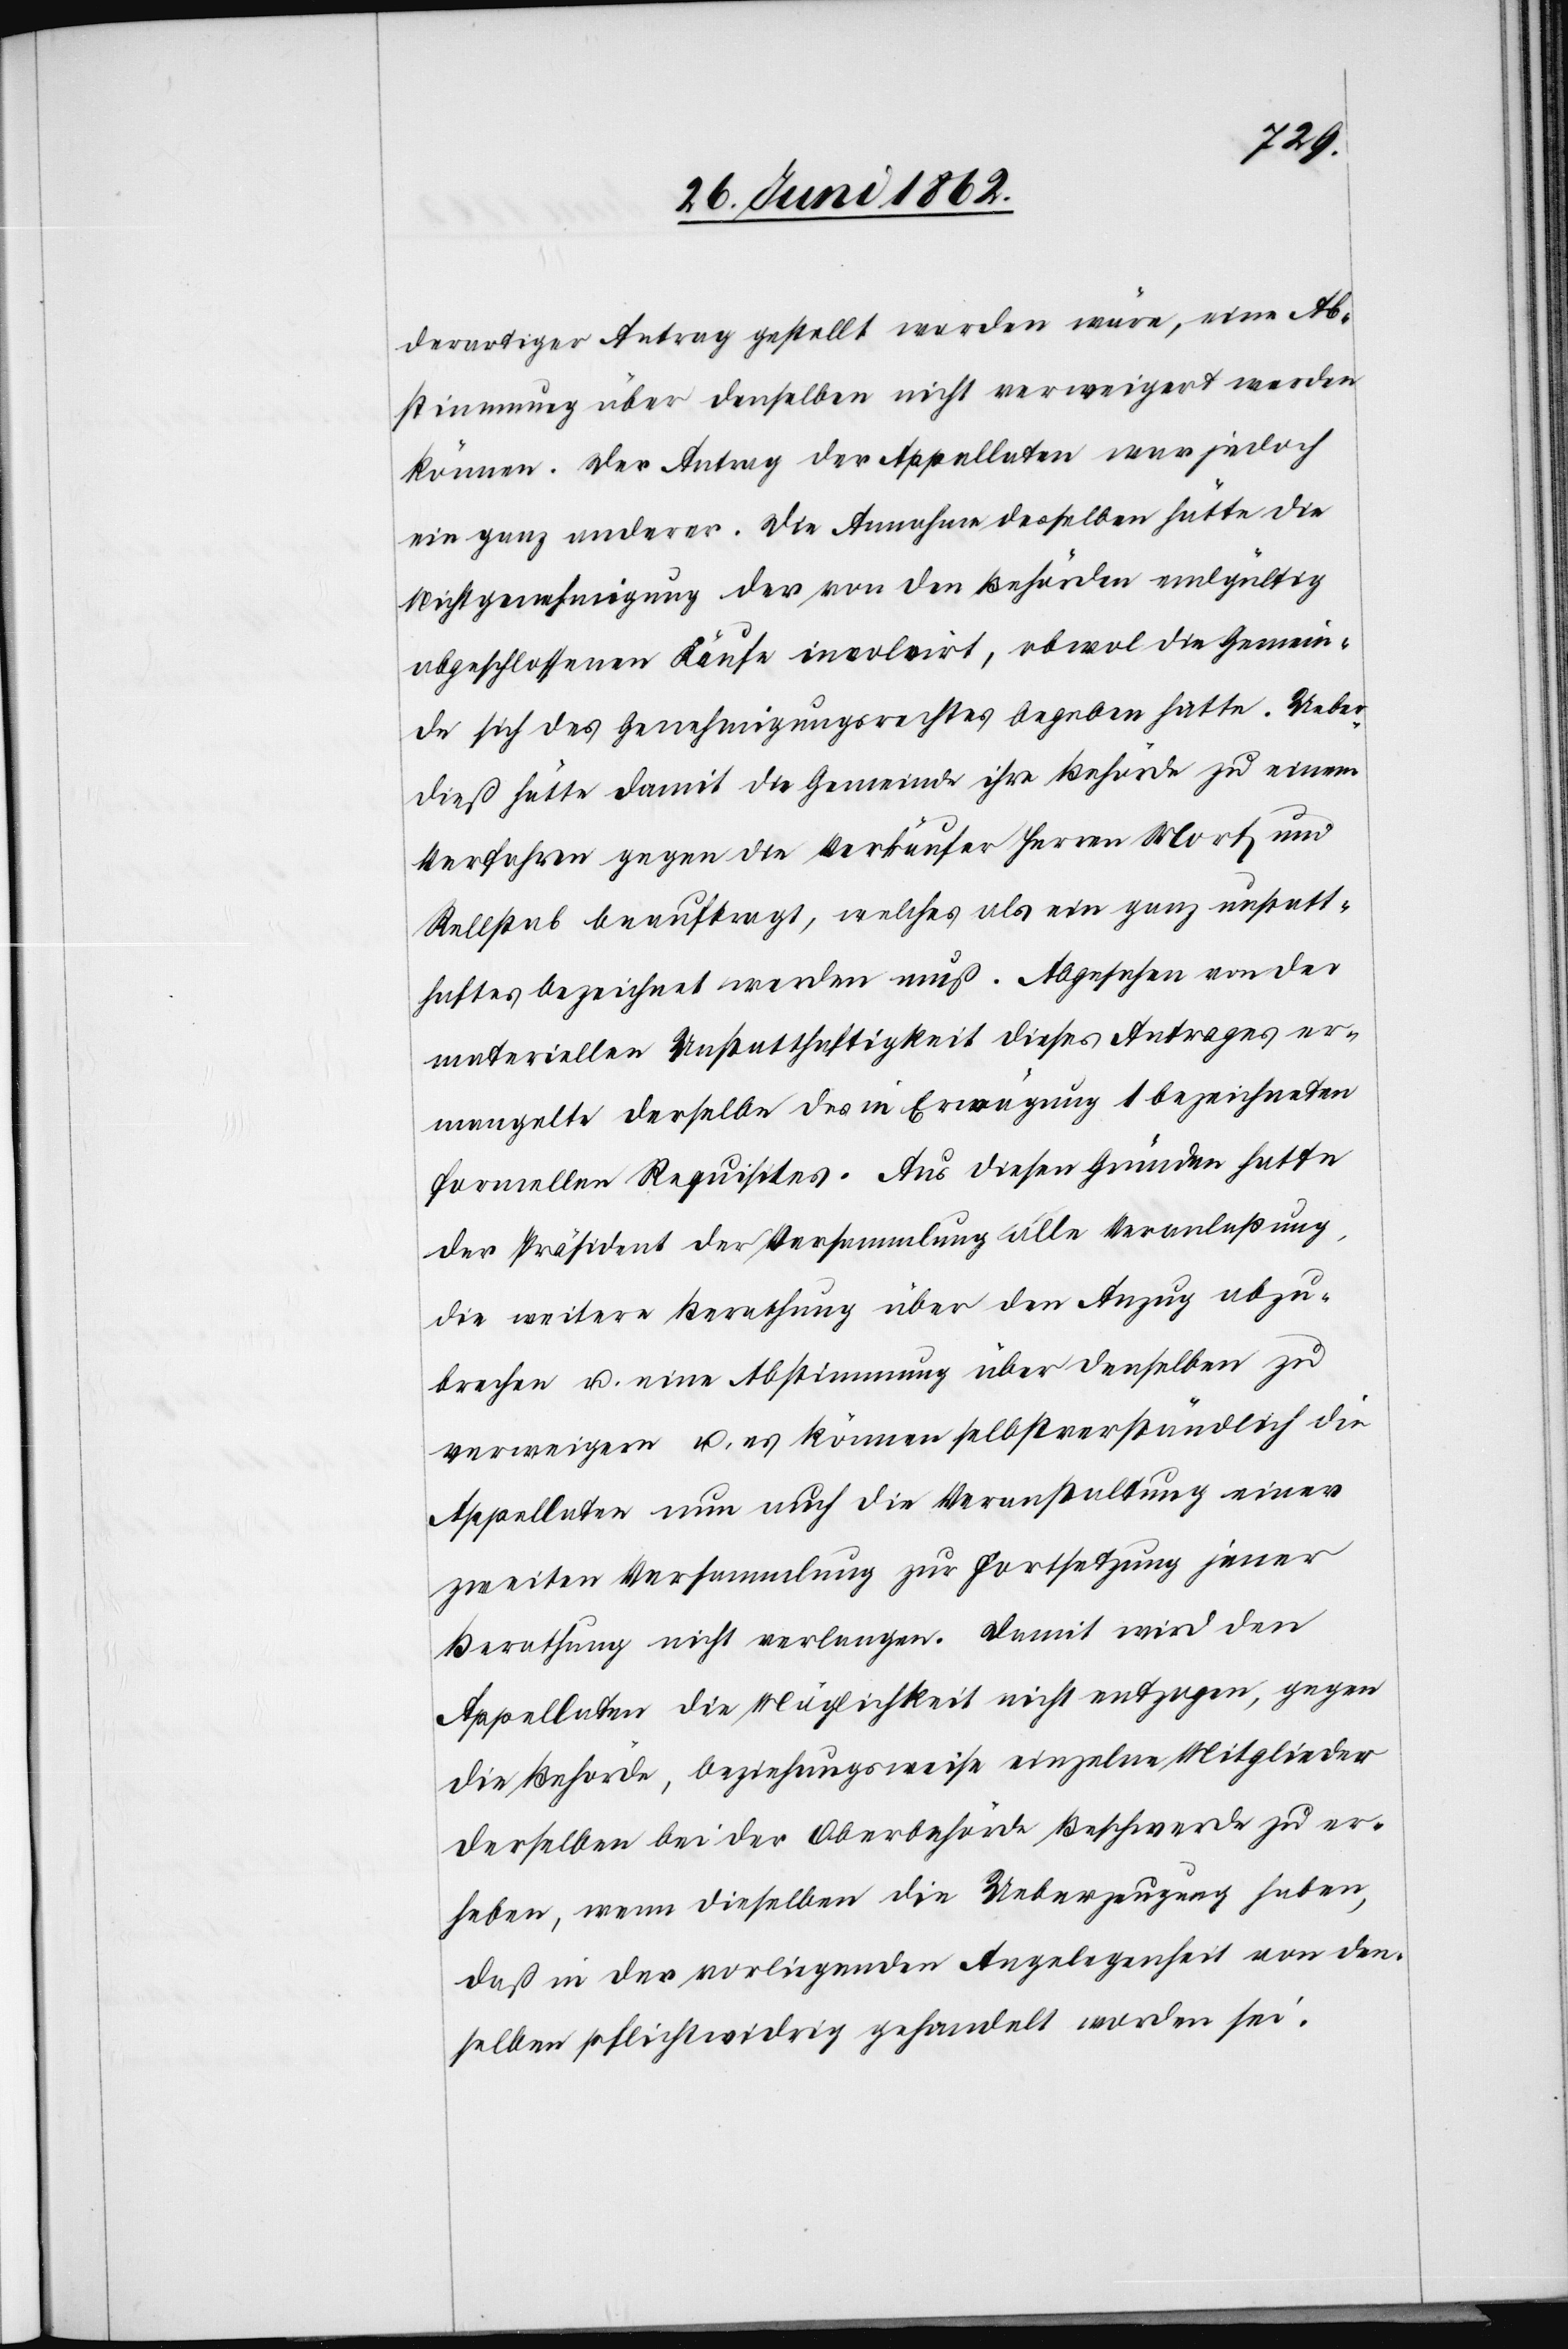
derartiger Antrag gestellt worden wäre, eine Ab¬
stimmung über denselben nicht verweigert werden
können. Der Antrag der Appellaten war jedoch
ein ganz anderer. Die Annahme desselben hätte die
Nichtgenehmigung der von den Behörden endgültig
abgeschlossenen Käufe involvirt, obwol die Gemein¬
de sich des Genehmigungsrechtes begeben hatte. Ueber¬
dieß hätte damit die Gemeinde ihre Behörde zu einem
Verfahren gegen die Verkäufer Herren Morf und
Rellstab beauftragt, welches als ein ganz unstatt¬
haftes bezeichnet werden muß. Abgesehen von der
materiellen Unstatthaftigkeit dieses Antrages er¬
mangelte derselbe des in Erwägung 1 bezeichneten
formellen Requisites. Aus diesen Gründen hatte
der Präsident der Versammlung alle Veranlaßung,
die weitere Berathung über den Anzug abzu¬
brechen u. eine Abstimmung über denselben zu
verweigern u. es können selbstverständlich die
Appellaten nun auch die Veranstaltung einer
zweiten Versammlung zur Fortsetzung jener
Berathung nicht verlangen. Damit wird den
Appellaten die Möglichkeit nicht entzogen, gegen
die Behörde, beziehungsweise einzelne Mitglieder
derselben bei der Oberbehörde Beschwerde zu er¬
heben, wenn dieselben die Ueberzeugung haben,
daß in der vorliegenden Angelegenheit von den¬
selben pflichtwidrig gehandelt worden sei.